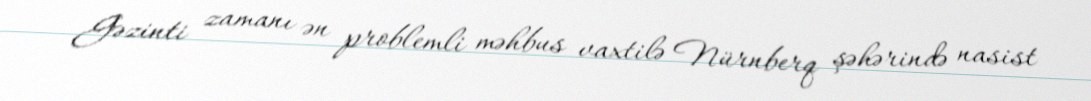
Gəzinti zamanı ən problemli məhbus vaxtilə Nürnberq şəhərində nasist